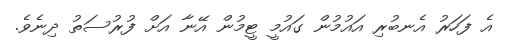
އެ ފަހަރު އެނބުރި އައުމުން ގައުމީ ޓީމުން އޭނާ އަށް ފުރުސަތު ދިނެވެ.